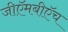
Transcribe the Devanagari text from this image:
जीऍमबीऍच